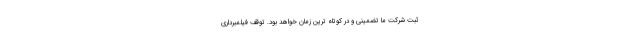
ثبت شرکت ما تضمینی و در کوتاه ترین زمان خواهد بود. توقف فیلمبرداری